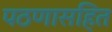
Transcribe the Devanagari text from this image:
पठणासहित